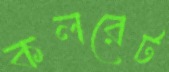
কলরেট